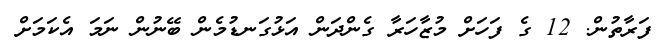
ފަރާތުން. 12 ގެ ފަހަށް މުޒާހަރާ ގެންދަން އަޅުގަނޑުމެން ބޭނުން ނަމަ އެކަމަށް